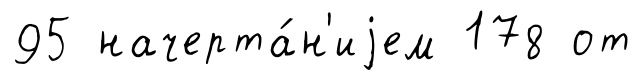
95 начерта́н'иjем 178 от